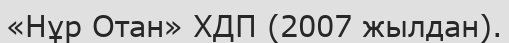
«Нұр Отан» ХДП (2007 жылдан).